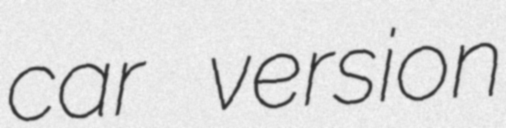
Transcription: car version